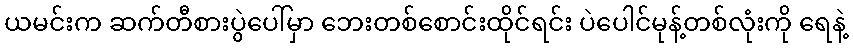
ယမင်းက ဆက်တီစားပွဲပေါ်မှာ ဘေးတစ်စောင်းထိုင်ရင်း ပဲပေါင်မုန့်တစ်လုံးကို ရေနဲ့